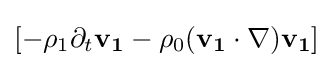
[-\rho _{1}\partial _{t}{\textbf {v}}_{\textbf {1}}-\rho _{0}({\textbf {v}}_{\textbf {1}}\cdot \nabla ){\textbf {v}}_{\textbf {1}}]